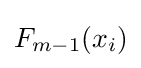
F_{m-1}(x_{i})